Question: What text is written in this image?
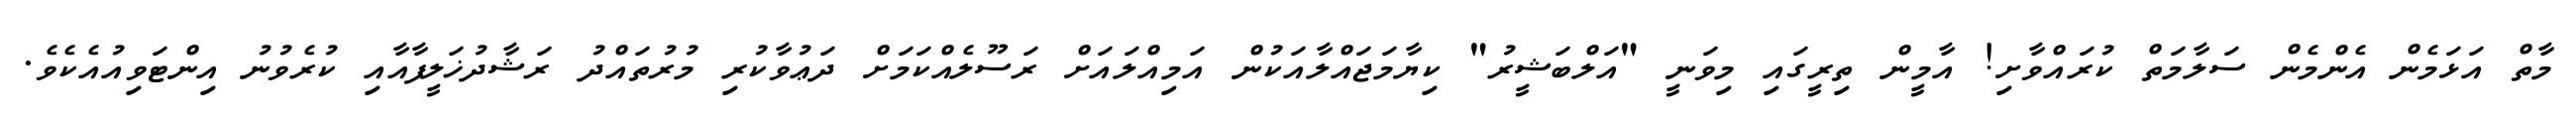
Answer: މާތް އަޅަމެން އެންމެން ސަލާމަތް ކުރައްވާށި! އާމީން ތިރީގައި މިވަނީ "އަލްބަޝީރު" ކިޔާމަޖައްލާއަކުން އަމިއްލައަށް ރަސޫލެއްކަމަށް ދަޢުވާކުރި މުރުތައްދު ރަޝާދުޚަލީފާއާއި ކުރެވުނު އިންޓަވިއުއެކެވެ.